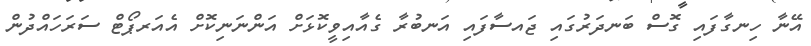
އޭނާ ހިނގާފައި ގޮސް ބަނދަރުގައި ޖައސާފައި އަނބުރާ ގެއާއިވީކޮޅަށް އަންނަނިކޮށް އެއަރޕޯޓް ސަރަހައްދުން